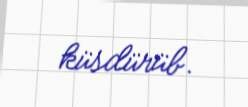
küsdürüb.